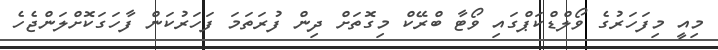
މިއީ މިފަހަރުގެ ވޯލްޑްކަޕްގައި ވޯޓާ ބްރޭކް މިގޮތަށް ދިން ފުރަތަމަ ފަހަރުކަން ފާހަގަކޮށްލަންޖެހެ